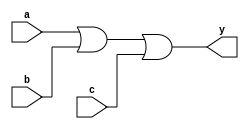
module three_input_or_gate(input a, input b, input c, output y);
  
  // Output logic
  assign y = (a | b | c);

endmodule